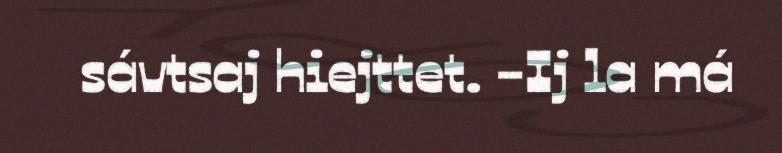
sávtsaj hiejttet. -Ij la má